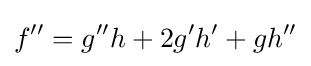
f''=g''h+2g'h'+gh''